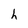
Character: h